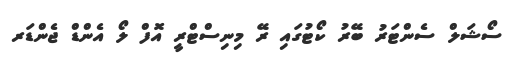
ސޯޝަލް ސެންޓަރު ބޭރު ކޯޓުގައި ރޭ މިނިސްޓްރީ އޮފް ލޯ އެންޑް ޖެންޑަރ